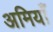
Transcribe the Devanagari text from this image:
अमियाँ